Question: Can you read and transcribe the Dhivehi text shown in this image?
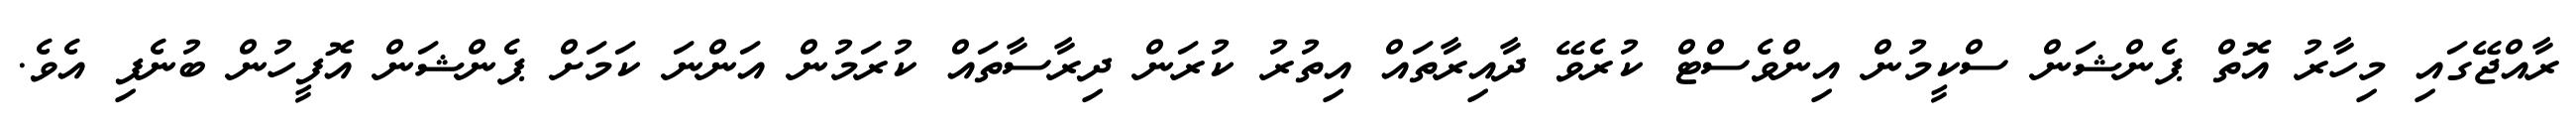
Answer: ރާއްޖޭގައި މިހާރު އޮތް ޕެންޝަން ސްކީމުން އިންވެސްޓް ކުރެވޭ ދާއިރާތައް އިތުރު ކުރަން ދިރާސާތައް ކުރަމުން އަންނަ ކަމަށް ޕެންޝަން އޮފީހުން ބުނެފި އެވެ.